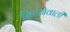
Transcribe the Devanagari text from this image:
मिटनेवाली